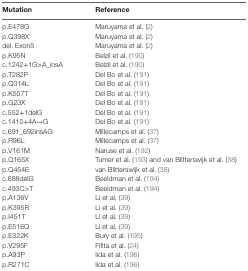
<table><thead><tr><td><b>Mutation</b></td><td><b>Reference</b></td></tr></thead><tbody><tr><td>p.E478G</td><td>Maruyama et al. (2)</td></tr><tr><td>p.Q398X</td><td>Maruyama et al. (2)</td></tr><tr><td>del. Exon5</td><td>Maruyama et al. (2)</td></tr><tr><td>p.K95N</td><td>Belzil et al. (190)</td></tr><tr><td>c.1242+1G&gt;A_insA</td><td>Belzil et al. (190)</td></tr><tr><td>p.T282P</td><td>Del Bo et al. (191)</td></tr><tr><td>p.Q314L</td><td>Del Bo et al. (191)</td></tr><tr><td>p.K557T</td><td>Del Bo et al. (191)</td></tr><tr><td>p.G23X</td><td>Del Bo et al. (191)</td></tr><tr><td>c.552+1delG</td><td>Del Bo et al. (191)</td></tr><tr><td>c.1410+4A→G</td><td>Del Bo et al. (191)</td></tr><tr><td>c.691_692insAG</td><td>Millecamps et al. (37)</td></tr><tr><td>p.R96L</td><td>Millecamps et al. (37)</td></tr><tr><td>p.V161M</td><td>Naruse et al. (192)</td></tr><tr><td>p.Q165X</td><td>Tumer et al. (193) and van Blitterswijk et al. (38)</td></tr><tr><td>p.Q454E</td><td>van Blitterswijk et al. (38)</td></tr><tr><td>c.688delG</td><td>Beeldman et al. (194)</td></tr><tr><td>c.493C&gt;T</td><td>Beeldman et al. (194)</td></tr><tr><td>p.A136V</td><td>Li et al. (39)</td></tr><tr><td>p.K395R</td><td>Li et al. (39)</td></tr><tr><td>p.I451T</td><td>Li et al. (39)</td></tr><tr><td>p.E516Q</td><td>Li et al. (39)</td></tr><tr><td>p.E322K</td><td>Bury et al. (195)</td></tr><tr><td>p.V295F</td><td>Fifita et al. (24)</td></tr><tr><td>p.A93P</td><td>Iida et al. (196)</td></tr><tr><td>p.R271C</td><td>Iida et al. (196)</td></tr></tbody></table>